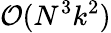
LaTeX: \mathcal O(N^{3}k^{2})